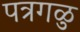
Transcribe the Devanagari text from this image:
पत्रगळु